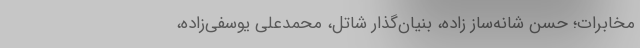
مخابرات؛ حسن شانه‌ساز زاده، بنیان‌گذار شاتل، محمدعلی یوسفی‌زاده،